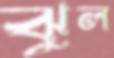
ঝুল